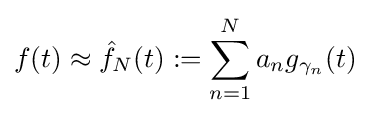
f(t)\approx {\hat {f}}_{N}(t):=\sum _{n=1}^{N}a_{n}g_{\gamma _{n}}(t)